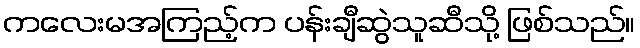
ကလေးမအကြည့်က ပန်းချီဆွဲသူဆီသို့ ဖြစ်သည်။